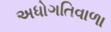
અધોગતિવાળા